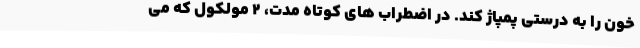
خون را به درستی پمپاژ کند. در اضطراب های کوتاه مدت، ۲ مولکول که می